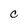
Character: c